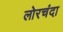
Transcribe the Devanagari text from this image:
लोरचंदा